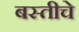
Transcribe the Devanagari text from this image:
बस्तीचे